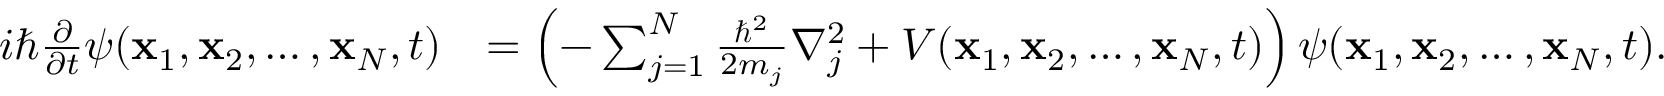
\begin{array} { r l } { i \hbar { \frac { \partial } { \partial t } } \psi ( \mathbf { x } _ { 1 } , \mathbf { x } _ { 2 } , \ldots , \mathbf { x } _ { N } , t ) } & { = \left( - \sum _ { j = 1 } ^ { N } { \frac { \hbar ^ { 2 } } { 2 m _ { j } } } { \nabla _ { j } ^ { 2 } } + V ( \mathbf { x } _ { 1 } , \mathbf { x } _ { 2 } , \ldots , \mathbf { x } _ { N } , t ) \right) \psi ( \mathbf { x } _ { 1 } , \mathbf { x } _ { 2 } , \ldots , \mathbf { x } _ { N } , t ) . } \end{array}